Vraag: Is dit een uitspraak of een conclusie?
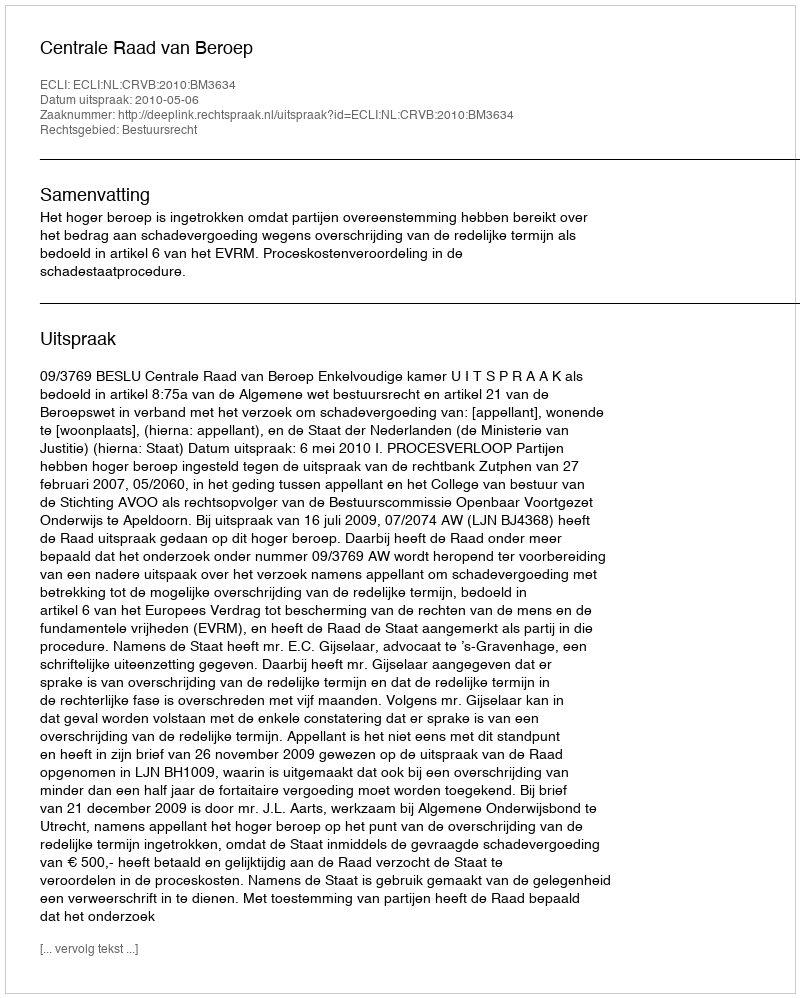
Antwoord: Uitspraak